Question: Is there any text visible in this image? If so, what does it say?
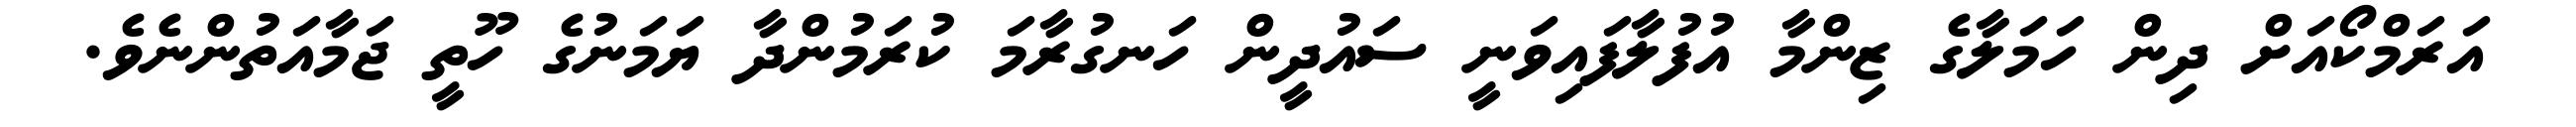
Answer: އަރަމްކޯއަށް ދިން ހަމަލާގެ ޒިންމާ އުފުލާފައިވަނީ ސައުދީން ހަނގުރާމަ ކުރަމުންދާ ޔަމަނުގެ ހޫތީ ޖަމާއަތުންނެވެ.